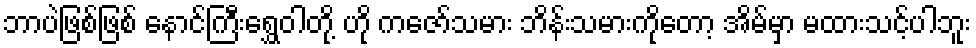
ဘာပဲဖြစ်ဖြစ် နောင်ကြီးရွှေဝါတို့ ဟို ကဇော်သမား ဘိန်းသမားကိုတော့ အိမ်မှာ မထားသင့်ပါဘူး